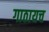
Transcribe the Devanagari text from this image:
गाठायच